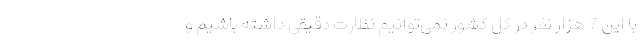
با این 7 هزار نفر در کل کشور نمی‌توانیم نظارت دقیقی داشته باشیم و